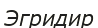
Эгридир